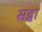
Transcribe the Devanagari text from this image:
सद्धा